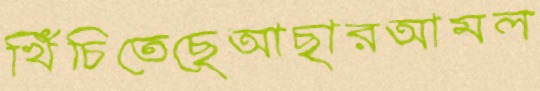
খিঁচিতেছেআছারআমল